Annual report of the Bengal Veterinary College and of the Civil Veterinary Department, Bengal, for the year 1910-1911 - 1910-1911
Year: 1910
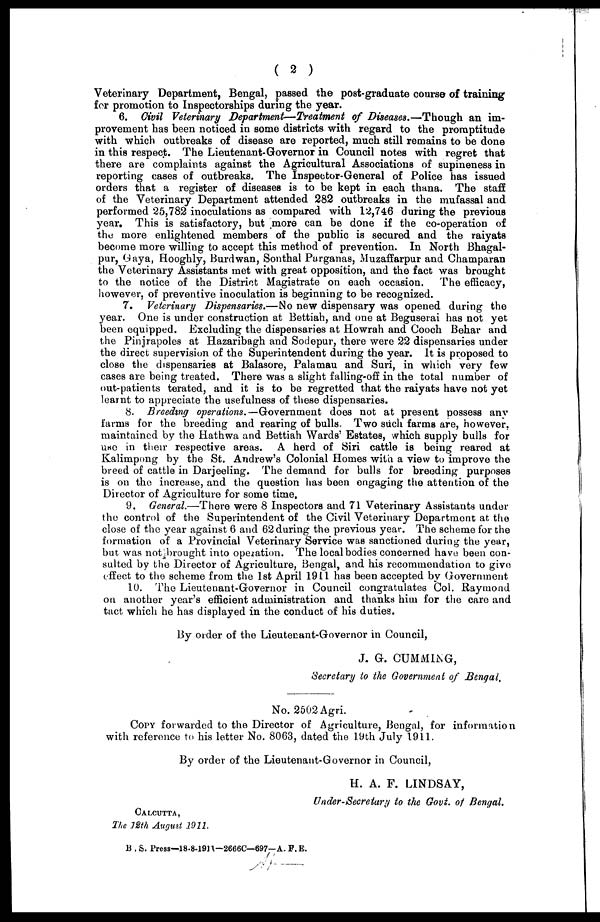
( 2 )
Veterinary Department, Bengal, passed the post-graduate course of training
for promotion to Inspectorships during the year.
6. Civil Veterinary Department—Treatment of Diseases.—Though an im-
provement has been noticed in some districts with regard to the promptitude
with which outbreaks of disease are reported, much still remains to be done
in this respect. The Lieutenant-Governor in Council notes with regret that
there are complaints against the Agricultural Associations of supineness in
reporting cases of outbreaks. The Inspector-General of Police has issued
orders that a register of diseases is to be kept in each thana. The staff
of the Veterinary Department attended 282 outbreaks in the mufassal and
performed 25,782 inoculations as compared with 12,746 during the previous
year. This is satisfactory, but more can be done if the co-operation of
the more enlightened members of the public is secured and the raiyats
become more willing to accept this method of prevention. In North Bhagal-
pur, Gaya, Hooghly, Burdwan, Sonthal Parganas, Muzaffarpur and Ghamparan
the Veterinary Assistants met with great opposition, and the fact was brought
to the notice of the District Magistrate on each occasion. The efficacy,
however, of preventive inoculation is beginning to be recognized.
7. Veterinary Dispensaries.—No new dispensary was opened during the
year. One is under construction at Bettiah, and one at Beguserai has not yet
been equipped. Excluding the dispensaries at Howrah and Cooch Behar and
the Pinjrapoles at Hazaribagh and Sodepur, there were 22 dispensaries under
the direct supervision of the Superintendent during the year. It is proposed to
close the dispensaries at Balasore, Palamau and Suri, in which very few
cases are being treated. There was a slight falling-off in the total number of
out-patients terated, and it is to be regretted that the raiyats have not yet
learnt to appreciate the usefulness of these dispensaries.
8. Breeding operations.—Government does not at present possess any
farms for the breeding and rearing of bulls. Two such farms are, however,
maintained by the Hathwa and Bettiah Wards' Estates, which supply bulls for
USC in their respective areas. A herd of Siri cattle is being reared at
Kalimpong by the St. Andrew's Colonial Homes with a view to improve the
breed of cattle in Darjeeling. The demand for bulls for breeding purposes
is on the increase, and the question has been engaging the attention of the
Director of Agriculture for some time,
9. General.—There were 8 Inspectors and 71 Veterinary Assistants under
the control of the Superintendent of the Civil Veterinary Department at the
close of the year against 6 and 62 during the previous year. The scheme for the
formation of a Provincial Veterinary Service was sanctioned during the year,
but was not brought into operation. The local bodies concerned have been con-
sulted by the Director of Agriculture, Bengal, and his recommendation to give
effect to the scheme from the 1st April 1911 has been accepted by Government
10. The Lieutenant-Governor in Council congratulates Col. Raymond
on another year's efficient administration and thanks him for the care and
tact which he has displayed in the conduct of his duties.
By order of the Lieutenant-Governor in Council,
J. G. GUMMING,
Secretary to the Government of Bengal.
No. 2502 Agri.
COPY forwarded to the Director of Agriculture, Bengal, for information
with reference to his letter No. 8063, dated the 19th July 1911.
By order of the Lieutenant-Governor in Council,
H. A. F. LINDSAY,
Under-Secretary to the Govt. of Bengal.
CALCUTTA,
The 12th August 1911.
B . S. Press—18.8-1911—26660—697-A. F.E.